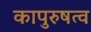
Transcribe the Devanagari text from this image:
कापुरुषत्व